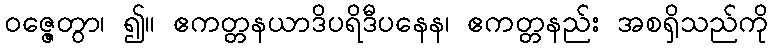
ဝဇ္ဇေတွာ၊ ၍။ ဧကတ္တနယာဒိပရိဒီပနေန၊ ဧကတ္တနည်း အစရှိသည်ကို